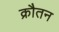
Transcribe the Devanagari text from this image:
क्रौतन